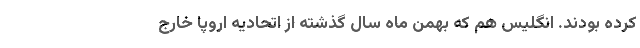
کرده‌ بودند. انگلیس هم که بهمن ماه سال گذشته از اتحادیه اروپا خارج